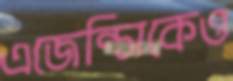
এজেন্সিকেও